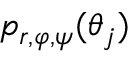
p _ { r , \varphi , \psi } ( \theta _ { j } )